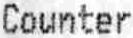
COUNTER